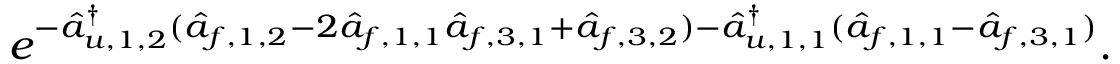
e ^ { - \hat { a } _ { u , 1 , 2 } ^ { \dagger } ( \hat { a } _ { f , 1 , 2 } - 2 \hat { a } _ { f , 1 , 1 } \hat { a } _ { f , 3 , 1 } + \hat { a } _ { f , 3 , 2 } ) - \hat { a } _ { u , 1 , 1 } ^ { \dagger } ( \hat { a } _ { f , 1 , 1 } - \hat { a } _ { f , 3 , 1 } ) } .